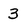
Character: 3